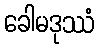
ခေါမဒုဿံ